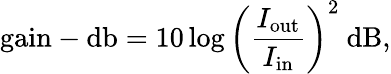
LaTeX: {\mathrm{gain-db}}=10\log\left({\frac{I_{\mathrm{out}}}{I_{\mathrm{in}}}}\right)^{2}~{\mathrm{dB}},